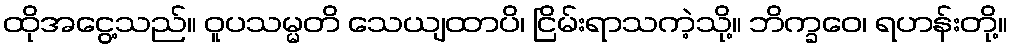
ထိုအငွေ့သည်။ ဝူပသမ္မတိ သေယျထာပိ၊ ငြိမ်းရာသကဲ့သို့။ ဘိက္ခဝေ၊ ရဟန်းတို့။